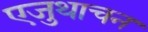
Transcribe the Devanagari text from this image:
एजुथाचन